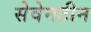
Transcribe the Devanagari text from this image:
सेवेनटीन